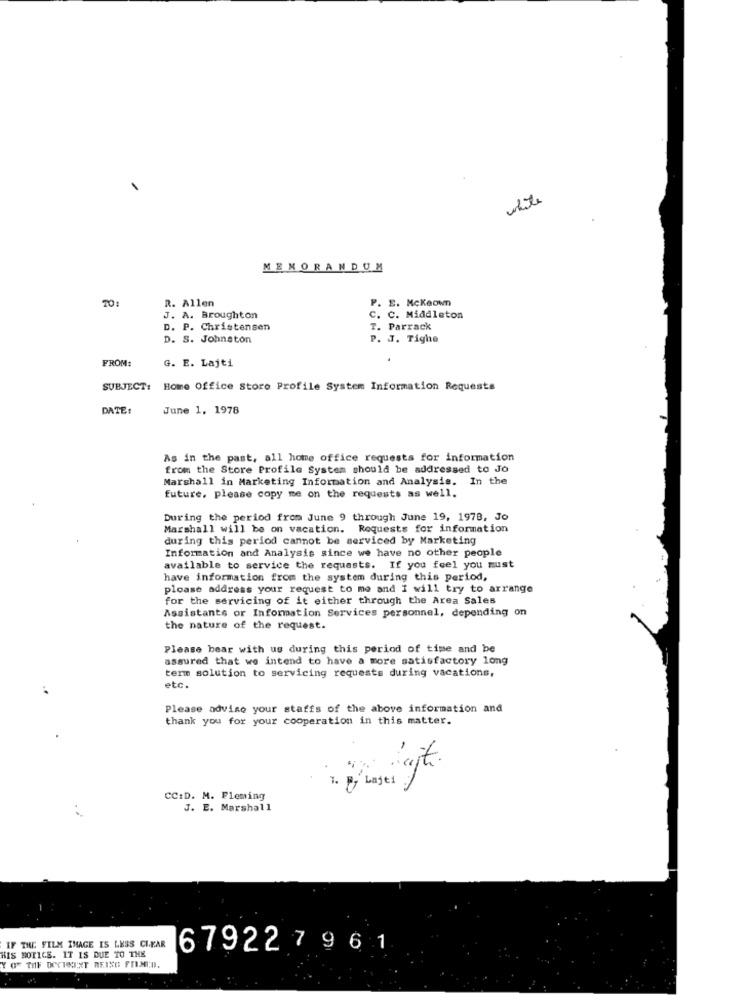
white
MEMORANDUM
TO:
R. Allen
P. S. Mckeown
J. A. Broughton
C. C. Middleton
D. P. Christensen
T. Parrack
D. S. Johnston
P. J. Tighe
FROM:
G. E. Lajti
SUBJECT:
Home Office Store Profile System Information Requests
DATE:
June 1, 1978
As in the past, all home office requests for information
from the Store Profile System should be addressed to Jo
Marshall in Marketing Information and Analysis. In the
future. please copy me on the requests as well.
During the period from June 9 through June 19, 1978, Jo
Marshall will be on vacation. Requests for information
during this period cannot be serviced by Marketing
Information and Analysis since we have no other people
available to service the requests. If you feel you must
have information from the system during this period,
please address your request to me and I will try to arrange
for the servicing of it either through the Area Sales
Assistants or Information Services personnel, depending on
the nature of the request.
Please bear with us during this period of time and be
assured that we intend to have a more satisfactory long
term solution to servicing requests during vacations,
..
etc.
Please advise your staffs of the above information and
thank you for your cooperation in this matter.
CC:D. M. Fleming
J. E. Marshall
IF THE FILM IMAGE IS LESS CLEAR
679227961
HIS BOTICS. IT IS DUE TO THE